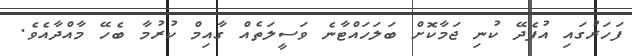
ފަހަރުގައި އުފެދޭ ކުނި ޖަމާކޮށް ބަލަހައްޓާނެ ވަސީލަތެއް ގާއިމް ކުރުމާ ބެހޭ މާއްދާއެވެ.